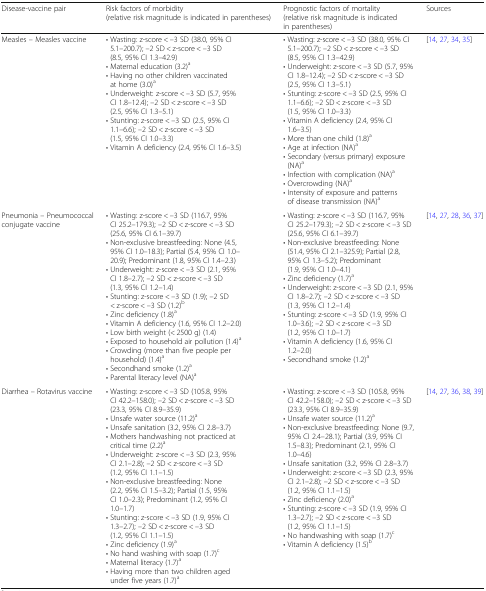
<table><thead><tr><td><b>Disease-vaccine pair</b></td><td><b>Risk factors of morbidity(relative risk magnitude is indicated in parentheses)</b></td><td><b>Prognostic factors of mortality(relative risk magnitude is indicated in parentheses)</b></td><td><b>Sources</b></td></tr></thead><tbody><tr><td>Measles – Measles vaccine</td><td>• Wasting: z-score &lt; –3 SD (38.0, 95% CI 5.1–200.7); –2 SD &lt; z-score &lt; –3 SD (8.5, 95% CI 1.3–42.9)• Maternal education (3.2)<sup>a</sup>• Having no other children vaccinated at home (3.0)<sup>a</sup>• Underweight: z-score &lt; –3 SD (5.7, 95% CI 1.8–12.4); –2 SD &lt; z-score &lt; –3 SD (2.5, 95% CI 1.3–5.1)• Stunting: z-score &lt; –3 SD (2.5, 95% CI 1.1–6.6); –2 SD &lt; z-score &lt; –3 SD (1.5, 95% CI 1.0–3.3)• Vitamin A deficiency (2.4, 95% CI 1.6–3.5)</td><td>• Wasting: z-score &lt; –3 SD (38.0, 95% CI 5.1–200.7); –2 SD &lt; z-score &lt; –3 SD (8.5, 95% CI 1.3–42.9)• Underweight: z-score &lt; –3 SD (5.7, 95% CI 1.8–12.4); –2 SD &lt; z-score &lt; –3 SD (2.5, 95% CI 1.3–5.1)• Stunting: z-score &lt; –3 SD (2.5, 95% CI 1.1–6.6); –2 SD &lt; z-score &lt; –3 SD (1.5, 95% CI 1.0–3.3)• Vitamin A deficiency (2.4, 95% CI 1.6–3.5)• More than one child (1.8)<sup>a</sup>• Age at infection (NA)<sup>a</sup>• Secondary (versus primary) exposure (NA)<sup>a</sup>• Infection with complication (NA)<sup>a</sup>• Overcrowding (NA)<sup>a</sup>• Intensity of exposure and patterns of disease transmission (NA)<sup>a</sup></td><td>[14, 27, 34, 35]</td></tr><tr><td>Pneumonia – Pneumococcal conjugate vaccine</td><td>• Wasting: z-score &lt; –3 SD (116.7, 95% CI 25.2–179.3); –2 SD &lt; z-score &lt; –3 SD (25.6, 95% CI 6.1–39.7)• Non-exclusive breastfeeding: None (4.5, 95% CI 1.0–18.3); Partial (5.4, 95% CI 1.0–20.9); Predominant (1.8, 95% CI 1.4–2.3)• Underweight: z-score &lt; –3 SD (2.1, 95% CI 1.8–2.7); –2 SD &lt; z-score &lt; –3 SD (1.3, 95% CI 1.2–1.4)• Stunting: z-score &lt; –3 SD (1.9); –2 SD &lt; z-score &lt; –3 SD (1.2)<sup>b</sup>• Zinc deficiency (1.8)<sup>a</sup>• Vitamin A deficiency (1.6, 95% CI 1.2–2.0)• Low birth weight (&lt; 2500 g) (1.4)• Exposed to household air pollution (1.4)<sup>a</sup>• Crowding (more than five people per household) (1.4)<sup>a</sup>• Secondhand smoke (1.2)<sup>a</sup>• Parental literacy level (NA)<sup>a</sup></td><td>• Wasting: z-score &lt; –3 SD (116.7, 95% CI 25.2–179.3); –2 SD &lt; z-score &lt; –3 SD (25.6, 95% CI 6.1–39.7)• Non-exclusive breastfeeding: None (51.4, 95% CI 2.1–325.9); Partial (2.8, 95% CI 1.3–5.2); Predominant (1.9, 95% CI 1.0–4.1)• Zinc deficiency (1.7)<sup>a</sup>• Underweight: z-score &lt; –3 SD (2.1, 95% CI 1.8–2.7); –2 SD &lt; z-score &lt; –3 SD (1.3, 95% CI 1.2–1.4)• Stunting: z-score &lt; –3 SD (1.9, 95% CI 1.0–3.6); –2 SD &lt; z-score &lt; –3 SD (1.2, 95% CI 1.0–1.7)• Vitamin A deficiency (1.6, 95% CI 1.2–2.0)• Secondhand smoke (1.2)<sup>a</sup></td><td>[14, 27, 28, 36, 37]</td></tr><tr><td>Diarrhea – Rotavirus vaccine</td><td>• Wasting: z-score &lt; –3 SD (105.8, 95% CI 42.2–158.0); –2 SD &lt; z-score &lt; –3 SD (23.3, 95% CI 8.9–35.9)• Unsafe water source (11.2)<sup>a</sup>• Unsafe sanitation (3.2, 95% CI 2.8–3.7)• Mothers handwashing not practiced at critical time (2.2)<sup>a</sup>• Underweight: z-score &lt; –3 SD (2.3, 95% CI 2.1–2.8); –2 SD &lt; z-score &lt; –3 SD (1.2, 95% CI 1.1–1.5)• Non-exclusive breastfeeding: None (2.2, 95% CI 1.5–3.2); Partial (1.5, 95% CI 1.0–2.3); Predominant (1.2, 95% CI 1.0–1.7)• Stunting: z-score &lt; –3 SD (1.9, 95% CI 1.3–2.7); –2 SD &lt; z-score &lt; –3 SD (1.2, 95% CI 1.1–1.5)• Zinc deficiency (1.9)<sup>a</sup>• No hand washing with soap (1.7)<sup>c</sup>• Maternal literacy (1.7)<sup>a</sup>• Having more than two children aged under five years (1.7)<sup>a</sup></td><td>• Wasting: z-score &lt; –3 SD (105.8, 95% CI 42.2–158.0); –2 SD &lt; z-score &lt; –3 SD (23.3, 95% CI 8.9–35.9)• Unsafe water source (11.2)<sup>a</sup>• Non-exclusive breastfeeding: None (9.7, 95% CI 2.4–28.1); Partial (3.9, 95% CI 1.5–8.3); Predominant (2.1, 95% CI 1.0–4.6)• Unsafe sanitation (3.2, 95% CI 2.8–3.7)• Underweight: z-score &lt; –3 SD (2.3, 95% CI 2.1–2.8); –2 SD &lt; z-score &lt; –3 SD (1.2, 95% CI 1.1–1.5)• Zinc deficiency (2.0)<sup>a</sup>• Stunting: z-score &lt; –3 SD (1.9, 95% CI 1.3–2.7); –2 SD &lt; z-score &lt; –3 SD (1.2, 95% CI 1.1–1.5)• No handwashing with soap (1.7)<sup>c</sup>• Vitamin A deficiency (1.5)<sup>b</sup></td><td>[14, 27, 36, 38, 39]</td></tr></tbody></table>